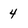
Character: 4